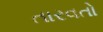
તારવતો